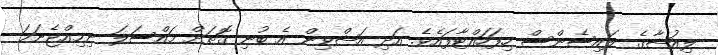
ލިއުޝާގެ ލައިސެންސް ހިފަހައްޓާފައެވެ. އަދި އަޝްވިން އެ ބުނި ގޮތަށް މައްސަލަ ނިމިއްޖެނަމަ